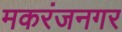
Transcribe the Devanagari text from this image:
मकरंजनगर